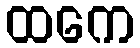
ထကေ